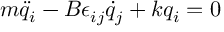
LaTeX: m \ddot { q } _ { i } - B \epsilon _ { i j } \dot { q } _ { j } + k q _ { i } = 0